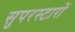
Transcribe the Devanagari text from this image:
सुपरस्टारों